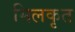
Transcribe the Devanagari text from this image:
मिलकृत